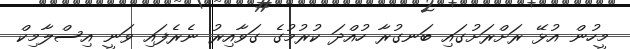
މީހުން އުޅޭ ރަށްރަށުގައި ބަނގުރާ ހުއްދަ ކުރުމުގެ ގަވާއިރު ނެރެފައި ވަނީ އިސްލާމިކް